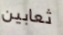
ثعابين